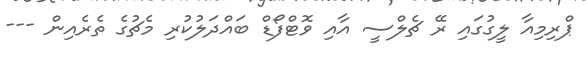
ޕްރިމިއާ ލީގުގައި ރޭ ޗެލްސީ އާއި ވޮޓްފޯޑް ބައްދަލުކުރި މެޗުގެ ތެރެއިން ---